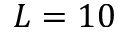
L = 1 0